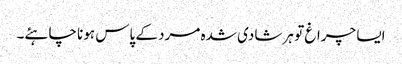
ایسا چراغ تو ہر شادی شدہ مرد کے پاس ہونا چاہئے۔